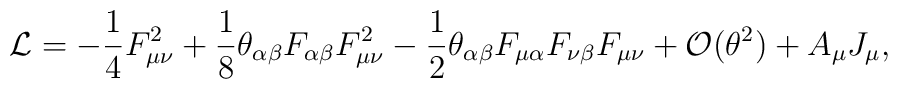
{\cal L}=-\frac14F^2_{\mu \nu}+\frac18\theta_{\alpha\beta} F_{\alpha\beta}F^2_{\mu \nu}-\frac12\theta_{\alpha\beta} F_{\mu \alpha}F_{\nu \beta}F_{\mu \nu}+{\cal O}(\theta^2)+A_\mu J_\mu ,